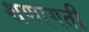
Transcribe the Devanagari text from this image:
शणागती